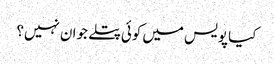
کیا پویس میں کوئی پتلے جوان نہیں؟